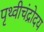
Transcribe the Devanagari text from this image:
पृथ्वीचंद्रोदय